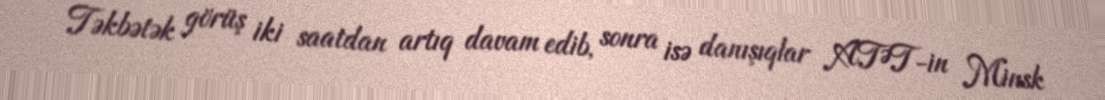
Təkbətək görüş iki saatdan artıq davam edib, sonra isə danışıqlar ATƏT-in Minsk